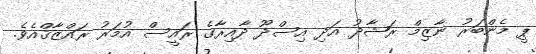
ޕީ މެންބަރު ނާޒިމް ރަޝާދު އަދި އިސްދޫ ދާއިރާގެ ރައީސް އުމަރު ރައްޒާޤްއެވެ.